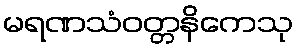
မရဏသံဝတ္တနိကေသု